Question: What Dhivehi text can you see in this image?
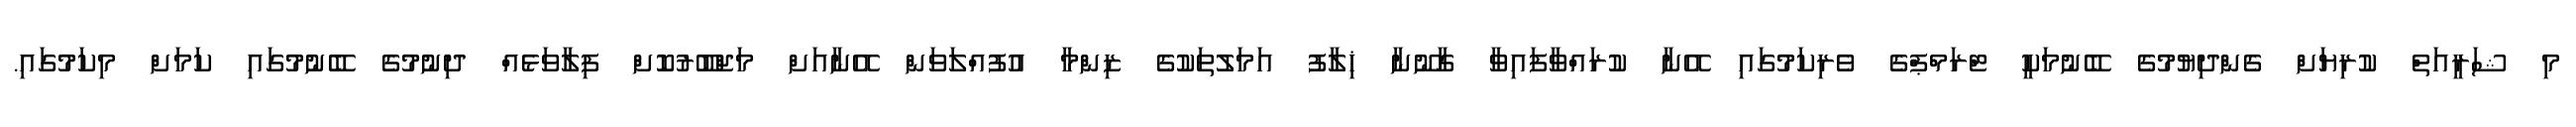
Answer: މި ޝަރީއަތް ކުރިޔަށް ގެންދިޔުމުގެ ބޭނުމަކީ ޓްރަމްޕްގެ ވެރިކަމުގައި އޭނާ ކުރައްވާފައިވާ ގާނޫނާ ޚިލާފު އަމަލުތަކުގެ ޒިންމާ އުފުއްލަވަން އޭނާއަށް މަޖްބޫރުކޮށް ފިލާވަޅެއް ދިނުމުގެ ބޭނުމުގައި ކަމަށް މިކަމުގައި.